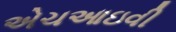
એચઆઇવી